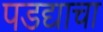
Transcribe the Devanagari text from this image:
पडद्याचा